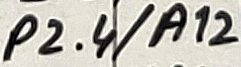
Text: P2.4/A12